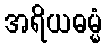
အရိယဓမ္မံ